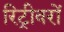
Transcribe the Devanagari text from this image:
रिट्रीवरों